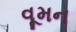
વૂમન